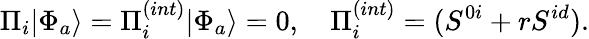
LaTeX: \Pi_{i}|\Phi_{a}\rangle=\Pi_{i}^{(int)}|\Phi_{a}\rangle=0,\quad\Pi_{i}^{(int)}=(S^{0i}+rS^{id}).